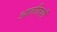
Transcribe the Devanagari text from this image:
आततियों